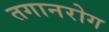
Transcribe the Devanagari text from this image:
तगानरोग